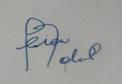
Signature authenticity: forged